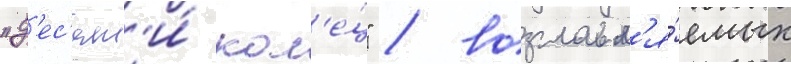
"д'ес'ят'и́ кол'е́ц" / возглавл'я́емых